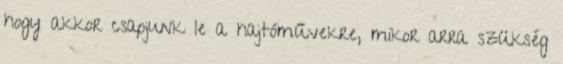
hogy akkor csapjunk le a hajtóművekre, mikor arra szükség